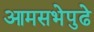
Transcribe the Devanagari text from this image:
आमसभेपुढे